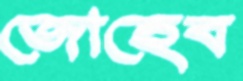
জোহেব